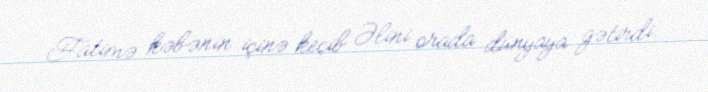
Fatimə kəbənin içinə keçib Əlini orada dünyaya gətirdi.